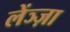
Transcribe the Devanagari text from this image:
लेंञ्ज़ा